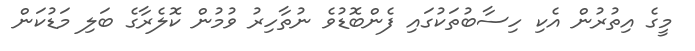
މީގެ އިތުރުން އެކި ހިސާބުތަކުގައި ފެންބޮޑުވެ ނުތާހިރު ވުމުން ކޮލެރާގެ ބަލި މަޑުކަން